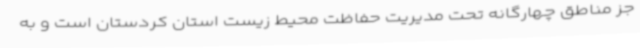
جز مناطق چهارگانه تحت مدیریت حفاظت محیط زیست استان کردستان است و به